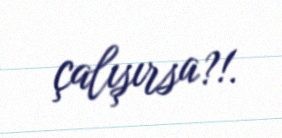
çalışırsa?!.